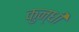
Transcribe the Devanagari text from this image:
कुन्धी